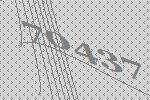
70437